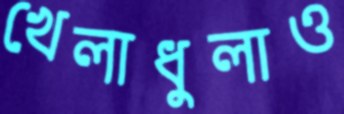
খেলাধুলাও